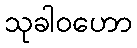
သုခါဝဟော